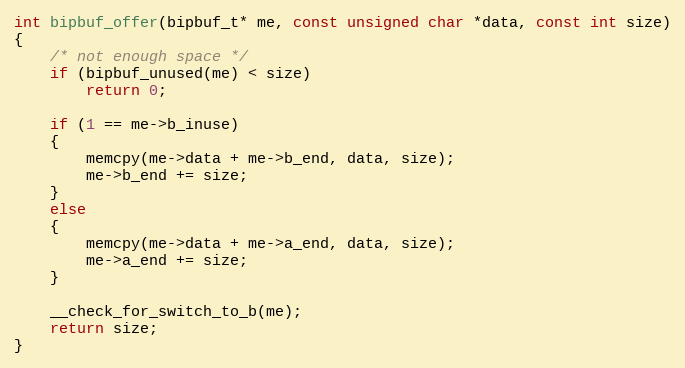
Language: C
int bipbuf_offer(bipbuf_t* me, const unsigned char *data, const int size)
{
    /* not enough space */
    if (bipbuf_unused(me) < size)
        return 0;

    if (1 == me->b_inuse)
    {
        memcpy(me->data + me->b_end, data, size);
        me->b_end += size;
    }
    else
    {
        memcpy(me->data + me->a_end, data, size);
        me->a_end += size;
    }

    __check_for_switch_to_b(me);
    return size;
}